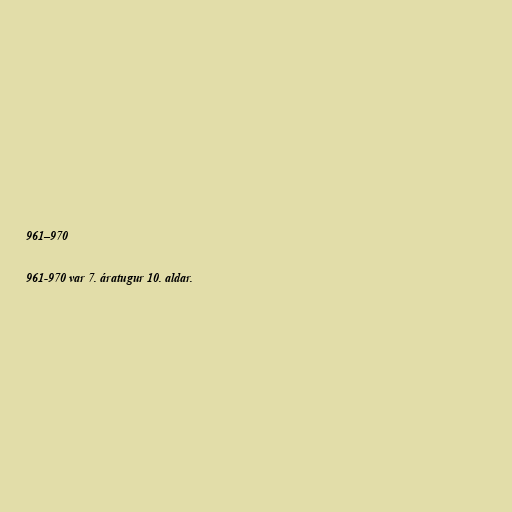
961–970

961-970 var 7. áratugur 10. aldar.